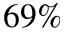
6 9 \%